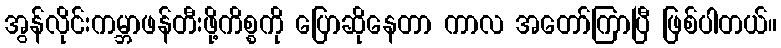
အွန်လိုင်းကမ္ဘာဖန်တီးဖို့ကိစ္စကို ပြောဆိုနေတာ ကာလ အတော်ကြာပြီ ဖြစ်ပါတယ်။